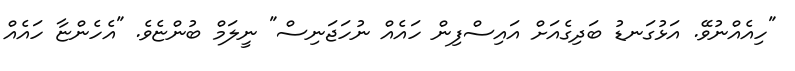
"ހިއެއްނުވޭ. އަޅުގަނޑު ބަދިގެއަށް އައިސްފިން ހައެއް ނުހަޖަނިސް" ނީލަމް ބުންޏެވެ. "އެހެންޏާ ހައެއް